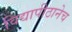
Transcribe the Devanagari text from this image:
विद्यापीठानेच